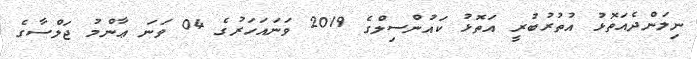
ނިލަންދެއަތޮޅު އުތުރުބުރީ އަތޮޅު ކައުންސިލްގެ 2019 ވަނައަހަރުގެ 04 ވަނަ ޢާންމު ޖަލްސާގެ